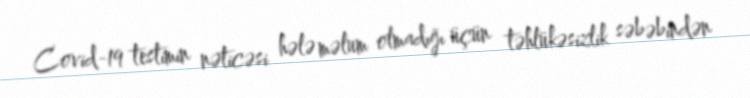
Covid-19 testimin nəticəsi hələ məlum olmadığı üçün təhlükəsizlik səbəbindən